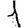
Digit: 1